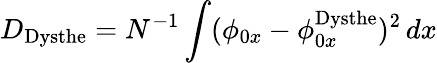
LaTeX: D_{\mathrm{{Dysthe}}}=N^{-1}\int(\phi_{0x}-\phi_{0x}^{\mathrm{{Dysthe}}})^{2}\, dx